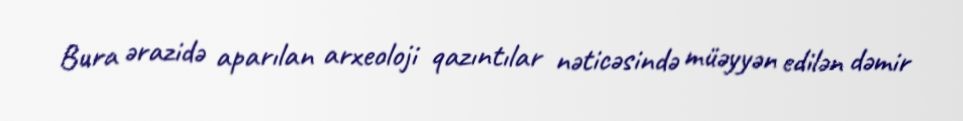
Bura ərazidə aparılan arxeoloji qazıntılar nəticəsində müəyyən edilən dəmir